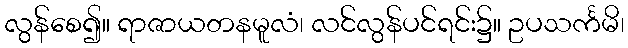
လွန်စေ၍။ ရာဇာယတနမူလံ၊ လင်လွန်ပင်ရင်း၌။ ဥပသင်္ကမိ၊